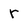
Character: r